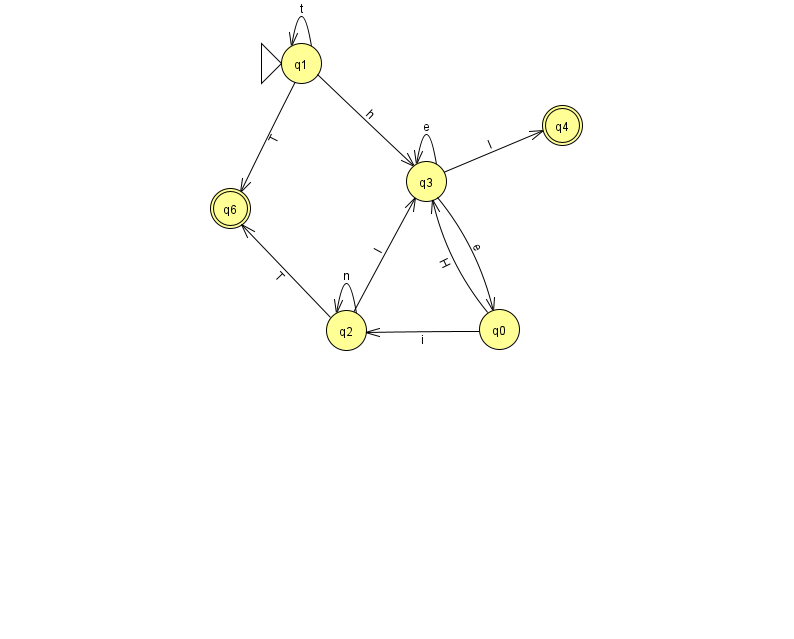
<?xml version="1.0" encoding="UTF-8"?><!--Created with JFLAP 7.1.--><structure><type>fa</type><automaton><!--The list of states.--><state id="0" name="q0"><x>499.0</x><y>316.0</y></state><state id="1" name="q1"><x>301.0</x><y>50.0</y><initial/></state><state id="2" name="q2"><x>346.0</x><y>317.0</y></state><state id="3" name="q3"><x>426.0</x><y>168.0</y></state><state id="4" name="q4"><x>562.0</x><y>112.0</y><final/></state><state id="6" name="q6"><x>230.0</x><y>195.0</y><final/></state><!--The list of transitions.--><transition><from>2</from><to>6</to><read>T</read></transition><transition><from>3</from><to>0</to><read>e</read></transition><transition><from>1</from><to>1</to><read>t</read></transition><transition><from>3</from><to>4</to><read>I</read></transition><transition><from>3</from><to>3</to><read>e</read></transition><transition><from>1</from><to>3</to><read>h</read></transition><transition><from>1</from><to>6</to><read>T</read></transition><transition><from>0</from><to>2</to><read>i</read></transition><transition><from>2</from><to>3</to><read>l</read></transition><transition><from>0</from><to>3</to><read>H</read></transition><transition><from>2</from><to>2</to><read>n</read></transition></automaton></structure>